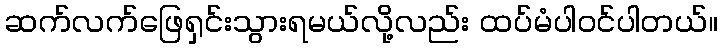
ဆက်လက်ဖြေရှင်းသွားရမယ်လို့လည်း ထပ်မံပါဝင်ပါတယ်။